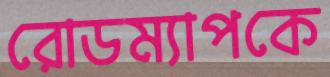
রোডম্যাপকে